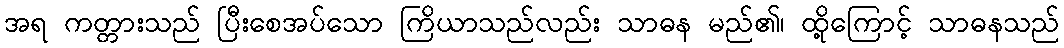
အရ ကတ္တားသည် ပြီးစေအပ်သော ကြိယာသည်လည်း သာဓန မည်၏၊ ထို့ကြောင့် သာဓနသည်